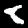
Digit: 8